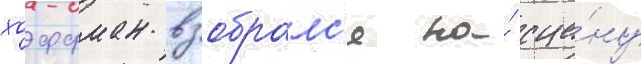
хоффман взобралс'я на́ сце́ну